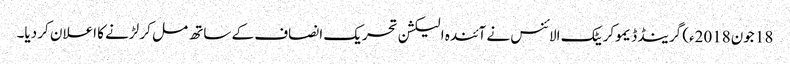
18 جون2018ء) گرینڈ ڈیموکریٹک الائنس نے آئندہ الیکشن تحریک انصاف کے ساتھ مل کر لڑنے کا اعلان کر دیا۔